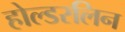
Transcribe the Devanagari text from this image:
होल्डरलिन